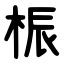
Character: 桭